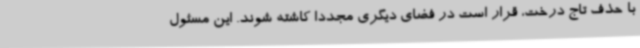
با حذف تاج درخت، قرار است در فضای دیگری مجدداً کاشته شوند. این مسئول